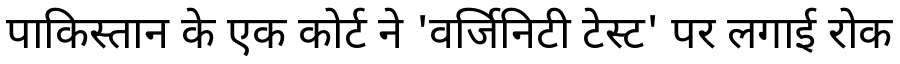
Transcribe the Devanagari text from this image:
पाकिस्तान के एक कोर्ट ने 'वर्जिनिटी टेस्ट' पर लगाई रोक